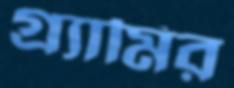
গ্র্যামির